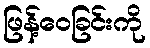
ဖြန့်ဝေခြင်းကို